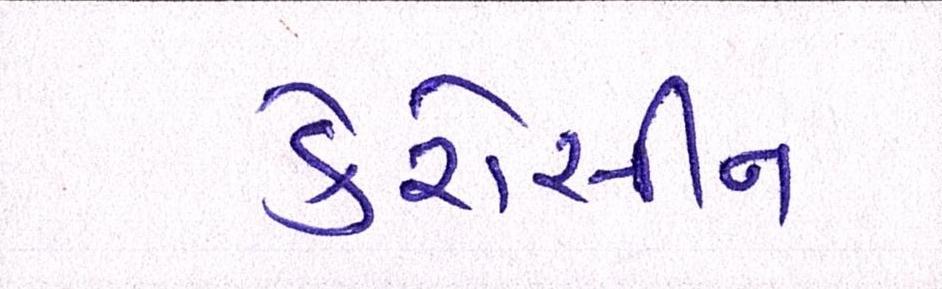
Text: કેરોસીન